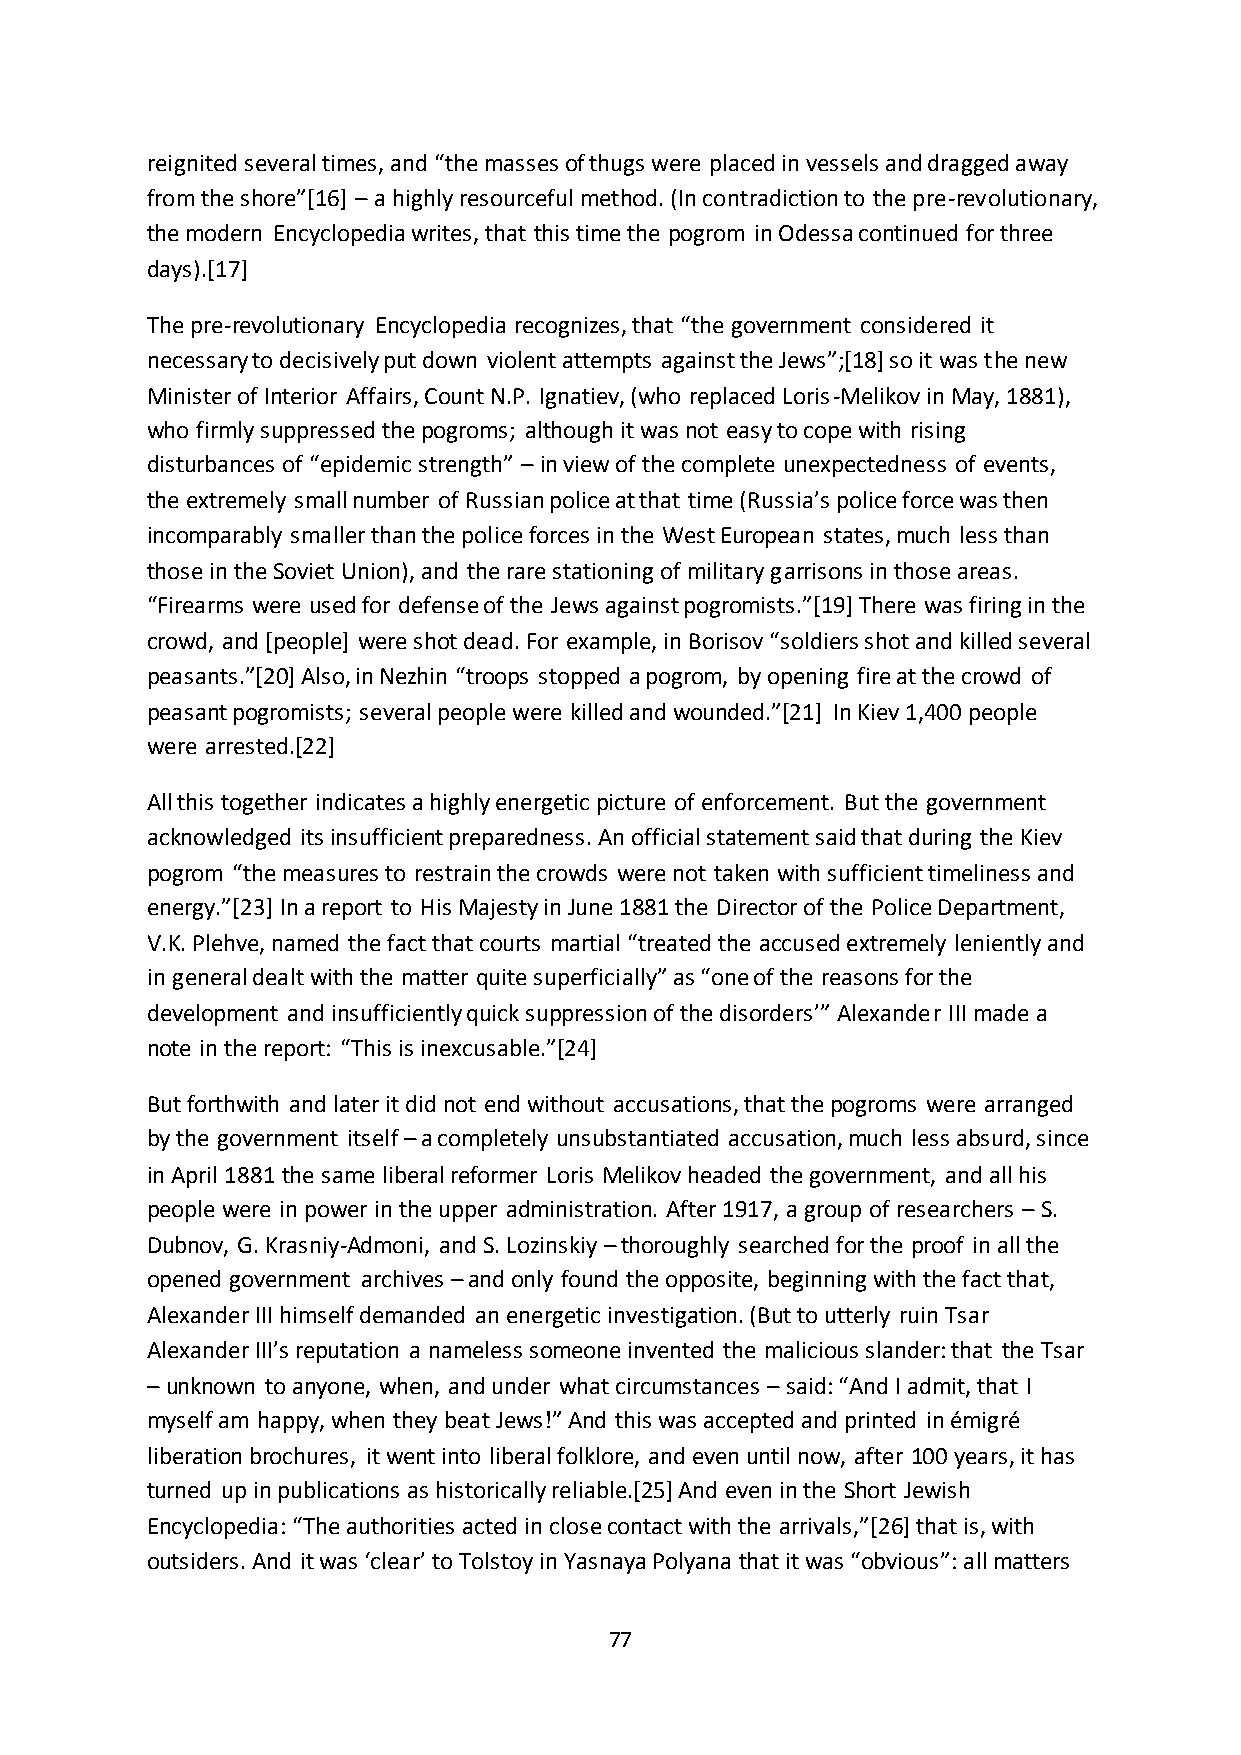
reignited several times, and “the masses of thugs were placed in vessels and dragged away
 from the shore”*16+ – a highly resourceful method. (In contradiction to the pre-revolutionary,
 the modern Encyclopedia writes, that this time the pogrom in Odessa continued for three
 days).[17]
 The pre-revolutionary Encyclopedia recognizes, that “the government considered it
 necessary to decisively put down violent attempts against the Jews”;*18+ so it was the new
 Minister of Interior Affairs, Count N.P. Ignatiev, (who replaced Loris-Melikov in May, 1881),
 who firmly suppressed the pogroms; although it was not easy to cope with rising
 disturbances of “epidemic strength” – in view of the complete unexpectedness of events,
 the extremely small number of Russian police at that time (Russia’s police force was then
 incomparably smaller than the police forces in the West European states, much less than
 those in the Soviet Union), and the rare stationing of military garrisons in those areas.
 “Firearms were used for defense of the Jews against pogromists.”*19+ There was firing in the
 crowd, and *people+ were shot dead. For example, in Borisov “soldiers shot and killed several
 peasants.”*20+ Also, in Nezhin “troops stopped a pogrom, by opening fire at the crowd of
 peasant pogromists; several people were killed and wounded.”*21+ In Kiev 1,400 people
 were arrested.[22]
 All this together indicates a highly energetic picture of enforcement. But the government
 acknowledged its insufficient preparedness. An official statement said that during the Kiev
 pogrom “the measures to restrain the crowds were not taken with sufficient timeliness and
 energy.”*23+ In a report to His Majesty in June 1881 the Director of the Police Department,
 V.K. Plehve, named the fact that courts martial “treated the accused extremely leniently and
 in general dealt with the matter quite superficially” as “one of the reasons for the
 development and insufficiently quick suppression of the disorders’” Alexander III made a
 note in the report: “This is inexcusable.”*24+
 But forthwith and later it did not end without accusations, that the pogroms were arranged
 by the government itself – a completely unsubstantiated accusation, much less absurd, since
 in April 1881 the same liberal reformer Loris Melikov headed the government, and all his
 people were in power in the upper administration. After 1917, a group of researchers – S.
 Dubnov, G. Krasniy-Admoni, and S. Lozinskiy – thoroughly searched for the proof in all the
 opened government archives – and only found the opposite, beginning with the fact that,
 Alexander III himself demanded an energetic investigation. (But to utterly ruin Tsar
 Alexander III’s reputation a nameless someone invented the malicious slander: that the Tsar
 – unknown to anyone, when, and under what circumstances – said: “And I admit, that I
 myself am happy, when they beat Jews!” And this was accepted and printed in émigré
 liberation brochures, it went into liberal folklore, and even until now, after 100 years, it has
 turned up in publications as historically reliable.[25] And even in the Short Jewish
 Encyclopedia: “The authorities acted in close contact with the arrivals,”*26+ that is, with
 outsiders. And it was ‘clear’ to Tolstoy in Yasnaya Polyana that it was “obvious”: all matters
 77